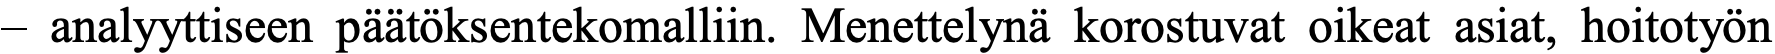
– analyyttiseen päätöksentekomalliin. Menettelynä korostuvat oikeat asiat, hoitotyön